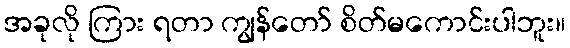
အခုလို ကြား ရတာ ကျွန်တော် စိတ်မကောင်းပါဘူး။